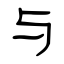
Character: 与